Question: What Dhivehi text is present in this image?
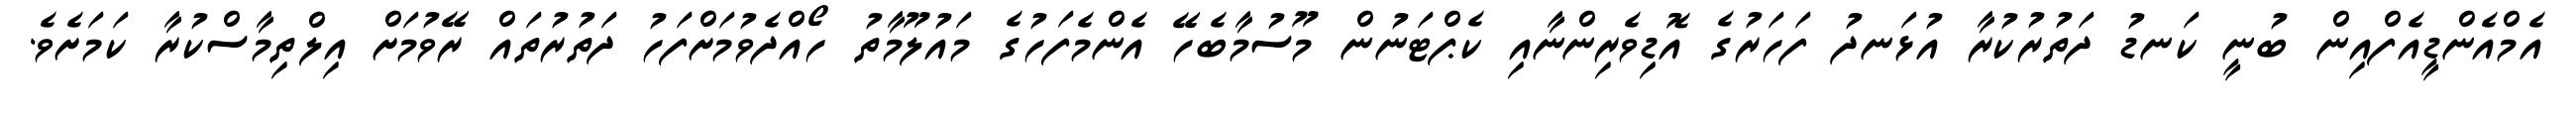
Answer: އެމްއެންޑީއެފްއިން ބުނީ ކަނޑު ދަތުރުކުރާ އުޅަނދު ފަހަރުގެ އޮޑިވެރިންނާއި ކެޕްޓަނުން މޫސުމާބެހޭ އެންމެފަހުގެ މައުލޫމާތު ހޯއްދެވުމަށްފަހު ދަތުރުތައް ރޭވުމަށް އިލްތިމާސްކުރާ ކަމަށެވެ.